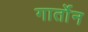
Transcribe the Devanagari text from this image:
गार्तोन